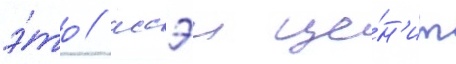
э́то / иссэи це́н'ит